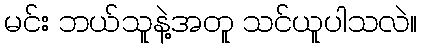
မင်း ဘယ်သူနဲ့အတူ သင်ယူပါသလဲ။